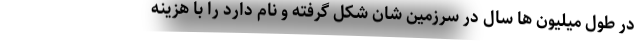
در طول میلیون ها سال در سرزمین شان شکل گرفته و نام دارد را با هزینه